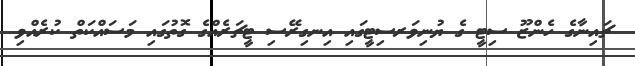
ޗައިނާގެ ހެންޒޫ ސިޓީ ގެ ޔުނިވަރސިޓީގައި އިނގިރޭސި ޓީޗަރެއްގެ ގޮތުގައި މަސައްކަތް ކުރެއްވި